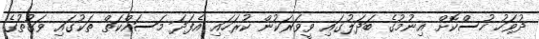
ދުވަހު ހުސްކޮށް އިނުމުގެ ބަދަލުގައި ވީވަރަކުން ކުރަހައި އެފަދަ މަސައްކަތް ތަކުގައި ވަގުތުގެ